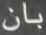
بان